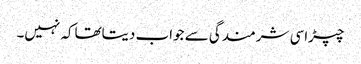
چپڑاسی شرمندگی سے جواب دیتاتھاکہ نہیں۔